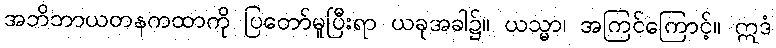
အဘိဘာယတနကထာကို ပြတော်မူပြီးရာ ယခုအခါ၌။ ယသ္မာ၊ အကြင်ကြောင့်။ ဣဒံ